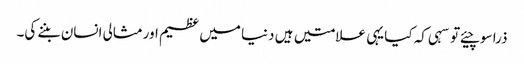
ذرا سوچیئے تو سہی کہ کیا یہی علامتیں ہیں دنیا میں عظیم اورمثالی انسان بننے کی۔